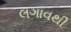
લગાવથી